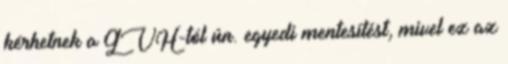
kérhetnek a GVH-tól ún. egyedi mentesítést, mivel ez az